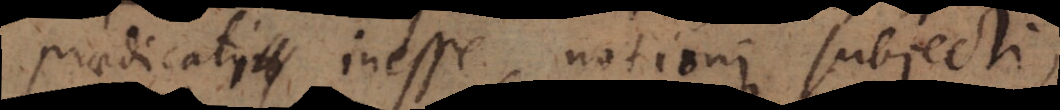
praedicati inesse notioni subjecti,